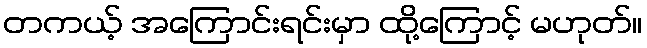
တကယ့် အကြောင်းရင်းမှာ ထို့ကြောင့် မဟုတ်။